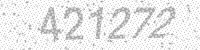
Solution: 421272